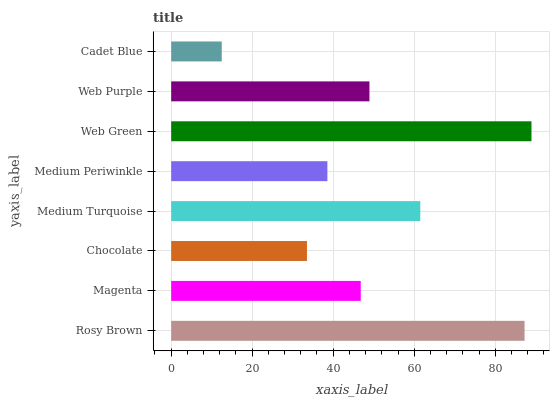
| yaxis_label | bars |
 | --- | --- |
 | Rosy Brown | 87.2 |
 | Magenta | 46.8 |
 | Chocolate | 33.5 |
 | Medium Turquoise | 61.5 |
 | Medium Periwinkle | 38.6 |
 | Web Green | 89 |
 | Web Purple | 48.9 |
 | Cadet Blue | 12.5 |